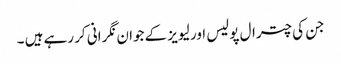
جن کی چترال پولیس اور لیویز کے جوان نگرانی کر رہے ہیں ۔